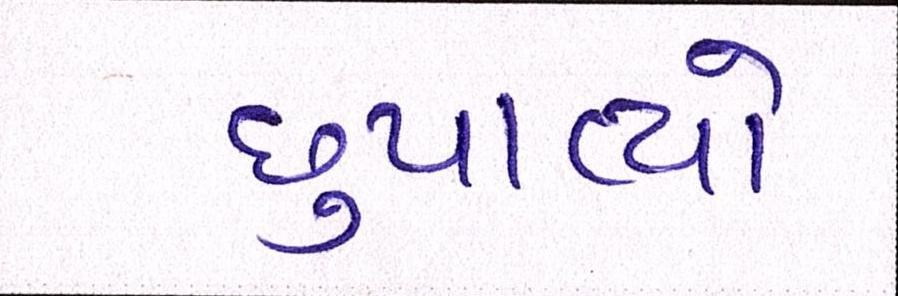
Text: છુપાવ્યો